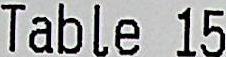
TABLE 15